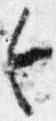
令